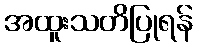
အထူးသတိပြုရန်